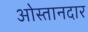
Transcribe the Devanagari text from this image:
ओस्तानदार